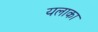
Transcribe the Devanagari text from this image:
यलाका